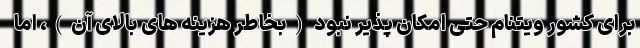
برای کشور ویتنام حتی امکان پذیر نبود (بخاطر هزینه های بالای آن)، اما